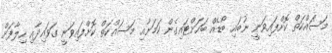
މަސައްކަތް ކޮށްފައިވަނީ ނުބައި ބޯޑެއް ބަހަށްޓައިގެން ކަމަށާއި މަސައްކަތް ކޮށްފައިވަނީ ގަވައިދާއި ހިލާފަށް